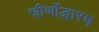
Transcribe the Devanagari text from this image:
जीर्णोद्धारच